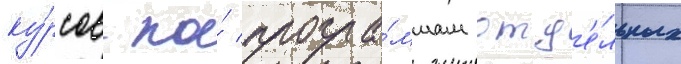
ку́рсов по́ програ́ммам отд'е́льных